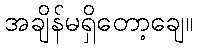
အချိန်မရှိတော့ချေ။